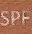
SPF